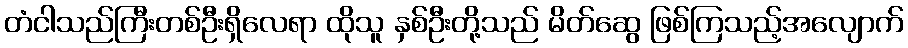
တံငါသည်ကြီးတစ်ဦးရှိလေရာ ထိုသူ နှစ်ဦးတို့သည် မိတ်ဆွေ ဖြစ်ကြသည့်အလျောက်